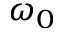
\omega _ { 0 }